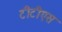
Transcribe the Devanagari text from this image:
टीटीएस